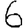
Digit: 6